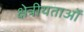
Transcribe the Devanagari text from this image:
क्षेत्रीयताओं